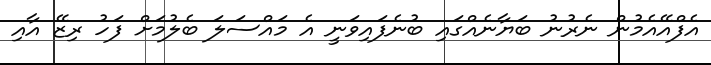
އެފްއޭއެމުން ނެރުނު ބަޔާނެއްގައި ބުނެފައިވަނީ އެ މައްސަލަ ބެލުމަށް ފަހު ރިޒޭ އާއި